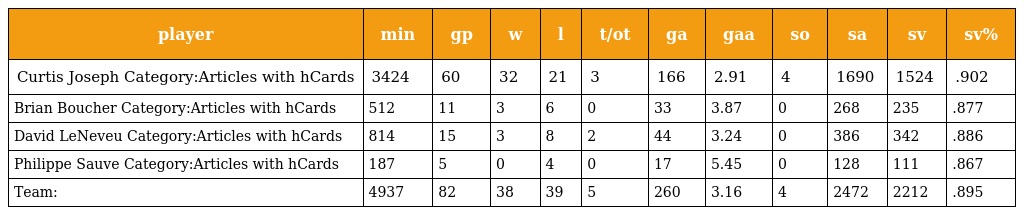
| player | min | gp | w | l | t/ot | ga | gaa | so | sa | sv | sv% |
 | --- | --- | --- | --- | --- | --- | --- | --- | --- | --- | --- | --- |
 | Curtis Joseph Category:Articles with hCards | 3424 | 60 | 32 | 21 | 3 | 166 | 2.91 | 4 | 1690 | 1524 | .902 |
 | Brian Boucher Category:Articles with hCards | 512 | 11 | 3 | 6 | 0 | 33 | 3.87 | 0 | 268 | 235 | .877 |
 | David LeNeveu Category:Articles with hCards | 814 | 15 | 3 | 8 | 2 | 44 | 3.24 | 0 | 386 | 342 | .886 |
 | Philippe Sauve Category:Articles with hCards | 187 | 5 | 0 | 4 | 0 | 17 | 5.45 | 0 | 128 | 111 | .867 |
 | Team: | 4937 | 82 | 38 | 39 | 5 | 260 | 3.16 | 4 | 2472 | 2212 | .895 |